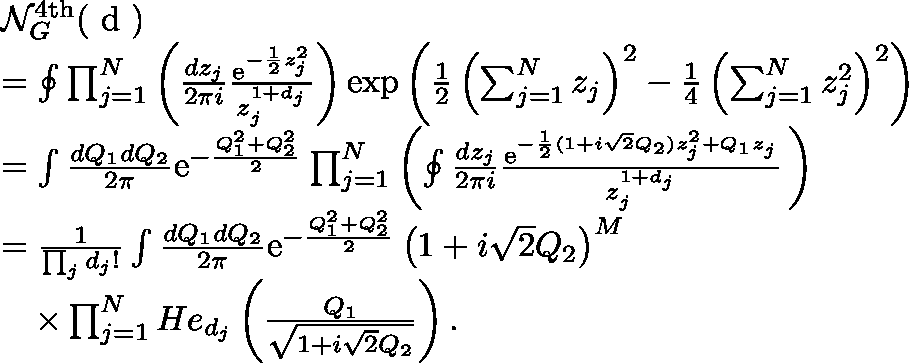
\begin{array} { r l } & { \mathcal { N } _ { G } ^ { \mathrm { 4 t h } } ( \mathrm { \boldmath ~ d ~ } ) } \\ & { = \oint \prod _ { j = 1 } ^ { N } \left( \frac { d z _ { j } } { 2 \pi i } \frac { \mathrm { e } ^ { - \frac { 1 } { 2 } z _ { j } ^ { 2 } } } { z _ { j } ^ { 1 + d _ { j } } } \right) \exp \left( \frac { 1 } { 2 } \left( \sum _ { j = 1 } ^ { N } z _ { j } \right) ^ { 2 } - \frac { 1 } { 4 } \left( \sum _ { j = 1 } ^ { N } z _ { j } ^ { 2 } \right) ^ { 2 } \right) } \\ & { = \int \frac { d Q _ { 1 } d Q _ { 2 } } { 2 \pi } \mathrm { e } ^ { - \frac { Q _ { 1 } ^ { 2 } + Q _ { 2 } ^ { 2 } } { 2 } } \prod _ { j = 1 } ^ { N } \left( \oint \frac { d z _ { j } } { 2 \pi i } \frac { \mathrm { e } ^ { - \frac { 1 } { 2 } ( 1 + i \sqrt { 2 } Q _ { 2 } ) z _ { j } ^ { 2 } + Q _ { 1 } z _ { j } } } { z _ { j } ^ { 1 + d _ { j } } } \, \right) } \\ & { = \frac { 1 } { \prod _ { j } d _ { j } ! } \int \frac { d Q _ { 1 } d Q _ { 2 } } { 2 \pi } \mathrm { e } ^ { - \frac { Q _ { 1 } ^ { 2 } + Q _ { 2 } ^ { 2 } } { 2 } } \left( 1 + i \sqrt { 2 } Q _ { 2 } \right) ^ { M } } \\ & { \quad \times \prod _ { j = 1 } ^ { N } H e _ { d _ { j } } \left( \frac { Q _ { 1 } } { \sqrt { 1 + i \sqrt { 2 } Q _ { 2 } } } \right) . } \end{array}